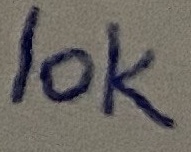
Text: 10K